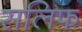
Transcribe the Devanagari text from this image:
सलिफ